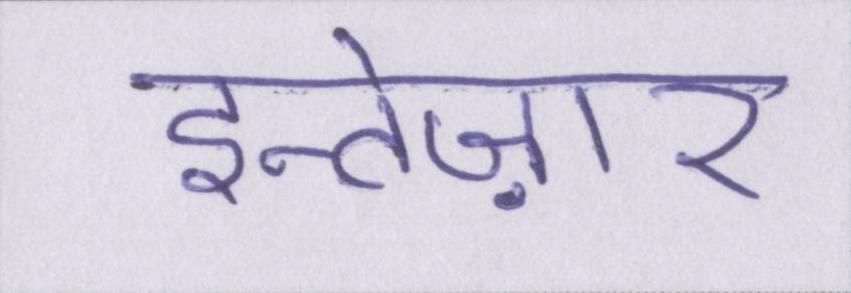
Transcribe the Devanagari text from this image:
इन्तेज़ार